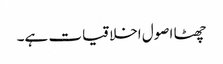
چھٹا اصول اخلاقیات ہے۔